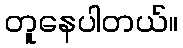
တူနေပါတယ်။